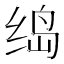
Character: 𱺟